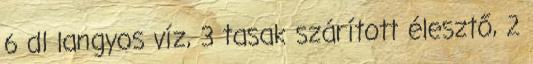
6 dl langyos víz, 3 tasak szárított élesztő, 2